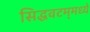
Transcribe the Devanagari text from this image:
सिद्धवटम्‌मध्ये